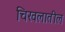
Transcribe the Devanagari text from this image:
चिखलातील